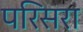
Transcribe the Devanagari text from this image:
परिसरा